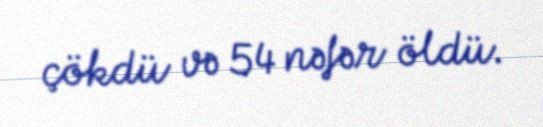
çökdü və 54 nəfər öldü.